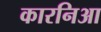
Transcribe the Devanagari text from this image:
कारनिआ